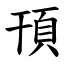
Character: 頇